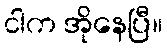
ငါက အိုနေပြီ။